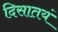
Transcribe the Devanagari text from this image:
दिसातयं